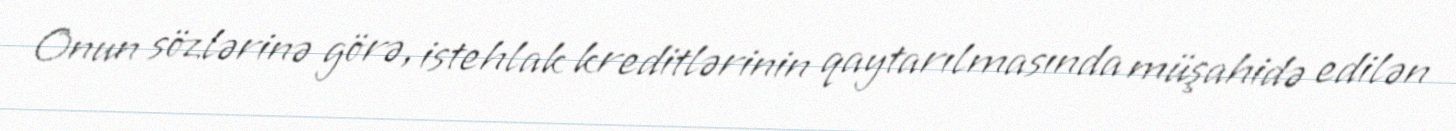
Onun sözlərinə görə, istehlak kreditlərinin qaytarılmasında müşahidə edilən